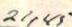
21,45